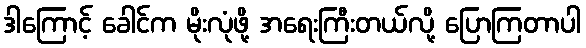
ဒါကြောင့် ခေါင်က မိုးလုံဖို့ အရေးကြီးတယ်လို့ ပြောကြတာပါ